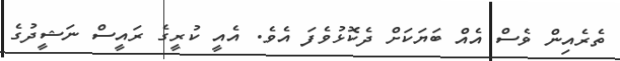
ތެރެއިން ވެސް އެއް ބަޔަކަށް ދެކޮޅުވެފަ އެވެ. އެއީ ކުރީގެ ރައީސް ނަޝީދުގެ